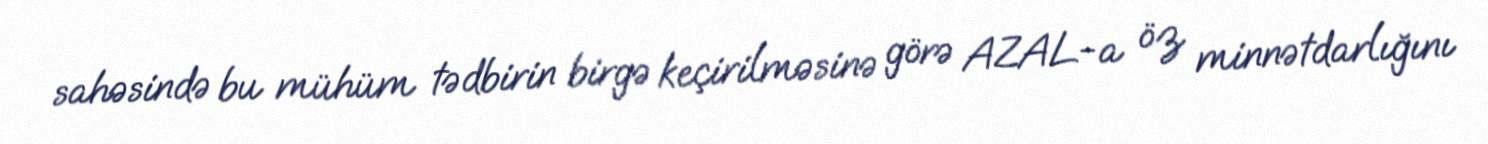
sahəsində bu mühüm tədbirin birgə keçirilməsinə görə AZAL-a öz minnətdarlığını